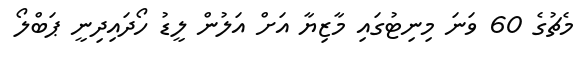
މެޗުގެ 60 ވަނަ މިނިޓުގައި މާޒިޔާ އަށް އަލުން ލީޑު ހޯދައިދިނީ ޕަބްލޯ